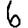
Digit: 6